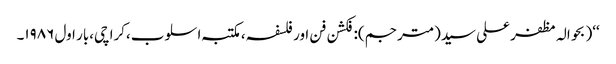
‘‘( بحوالہ مظفر علی سید(مترجم):فکشن فن اور فلسفہ،مکتبہ اسلوب،کراچی،بار اول ۱۹۸۶۔